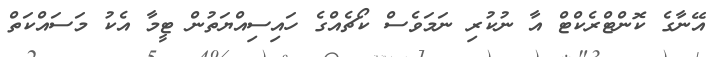
އޭނާގެ ކޮންޓްރެކްޓް އާ ނުކުރި ނަމަވެސް ކޯޗެއްގެ ހައިސިއްޔަތުން ޓީމާ އެކު މަސައްކަތް